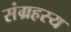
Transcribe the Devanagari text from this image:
संग्रहस्य